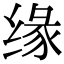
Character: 缘